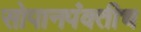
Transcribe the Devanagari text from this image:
सोपानपंक्तीच